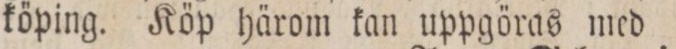
köping. Köp härom kan uppgöras med